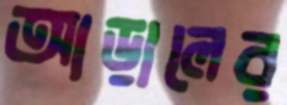
আড়ালের